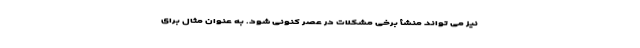
نیز می تواند منشأ برخی مشکلات در عصر کنونی شود. به عنوان مثال برای